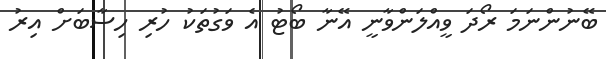
ބޭނުންނަމަ ރޯދަ ވީއްލަންވާނީ އޭނާ ބޯޓު އެ ވަގުތަކު ހުރި ހިސާބަށް އިރު